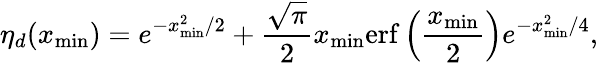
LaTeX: \eta_{d}(x_{\mathrm{min}})=e^{-x_{\mathrm{min}}^{2}/2}+\frac{\sqrt{\pi}}{2}x_{\mathrm{min}}\mathrm{erf}\left(\frac{x_{\mathrm{min}}}{2}\right)e^{-x_{\mathrm{min}}^{2}/4},